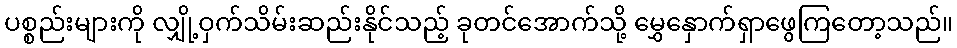
ပစ္စည်းများကို လျှို့ဝှက်သိမ်းဆည်းနိုင်သည့် ခုတင်အောက်သို့ မွှေနှောက်ရှာဖွေကြတော့သည်။